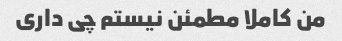
من کاملا مطمئن نیستم چی داری